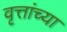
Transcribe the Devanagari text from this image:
वृत्तांच्या